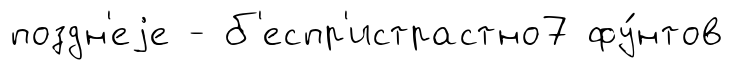
поздн'еjе - б'еспр'истрастно7 фу́нтов